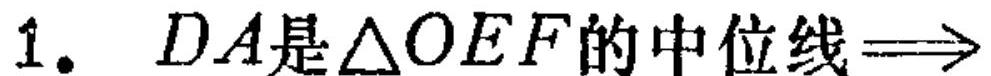
1. \(DA是\triangle OEF的中位线\Rightarrow\)